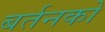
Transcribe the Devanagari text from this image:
बर्तनको